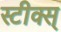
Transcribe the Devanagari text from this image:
स्टीक्स्